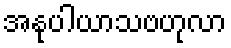
အနုပါယာသဗဟုလာ